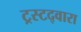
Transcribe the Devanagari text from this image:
ट्रस्टद्वारा